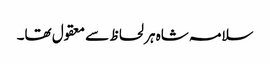
سلامہ شاہ ہر لحاظ سے معقول تھا۔